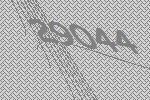
29044